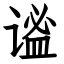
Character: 谧